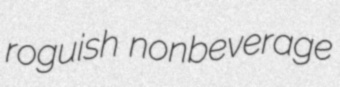
roguish nonbeverage